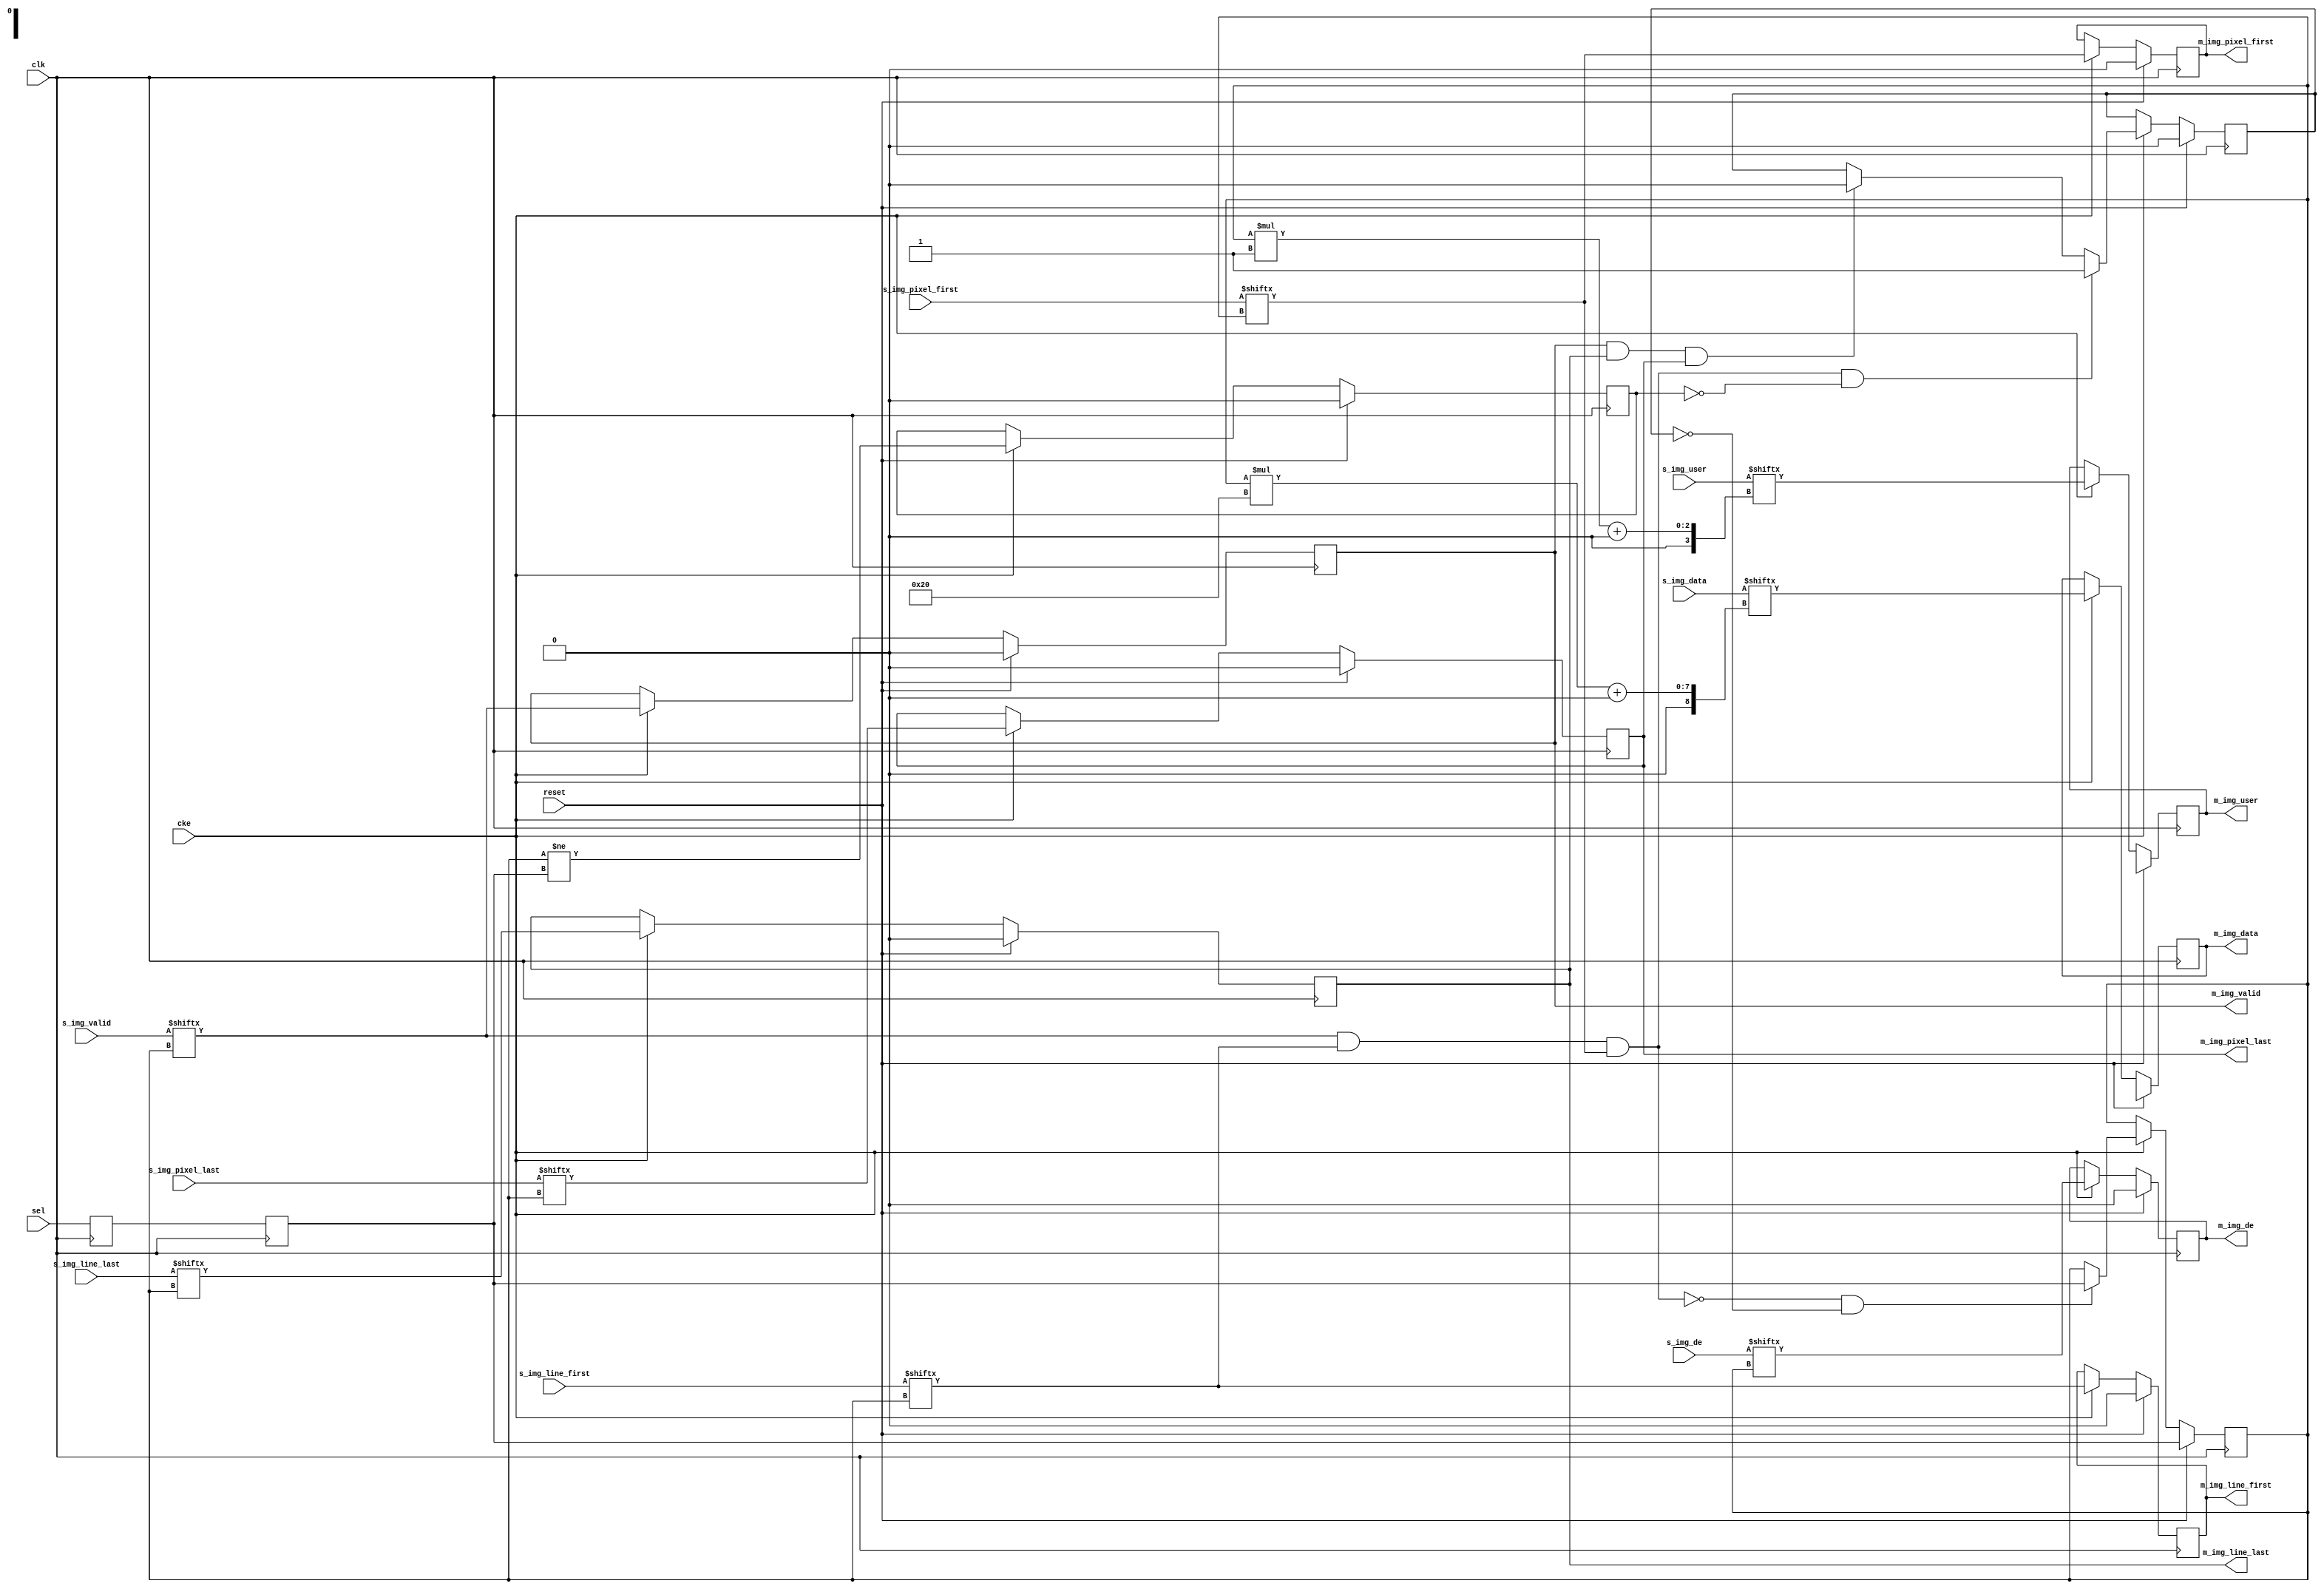
// This program was cloned from: https://github.com/ryuz/jelly
// License: MIT License

// ---------------------------------------------------------------------------
//  Jelly  -- The platform for real-time computing
//   image processing
//
//                                 Copyright (C) 2008-2016 by Ryuz
//                                 https://github.com/ryuz/jelly.git
// ---------------------------------------------------------------------------



`timescale 1ns / 1ps
`default_nettype none



module jelly_img_selector_core
        #(
            parameter   NUM          = 2,
            parameter   SEL_WIDTH    = 1,
            parameter   USER_WIDTH   = 0,
            parameter   DATA_WIDTH   = 32,
            
            parameter   USER_BITS    = USER_WIDTH > 0 ? USER_WIDTH : 1
        )
        (
            input   wire                            reset,
            input   wire                            clk,
            input   wire                            cke,
            
            input   wire    [SEL_WIDTH-1:0]         sel,
            
            input   wire    [NUM-1:0]               s_img_line_first,
            input   wire    [NUM-1:0]               s_img_line_last,
            input   wire    [NUM-1:0]               s_img_pixel_first,
            input   wire    [NUM-1:0]               s_img_pixel_last,
            input   wire    [NUM-1:0]               s_img_de,
            input   wire    [NUM*USER_BITS-1:0]     s_img_user,
            input   wire    [NUM*DATA_WIDTH-1:0]    s_img_data,
            input   wire    [NUM-1:0]               s_img_valid,
            
            // master (output)
            output  wire                            m_img_line_first,
            output  wire                            m_img_line_last,
            output  wire                            m_img_pixel_first,
            output  wire                            m_img_pixel_last,
            output  wire                            m_img_de,
            output  wire    [USER_BITS-1:0]         m_img_user,
            output  wire    [DATA_WIDTH-1:0]        m_img_data,
            output  wire                            m_img_valid
        );
    
    (* ASYNC_REG="true" *)  reg     [SEL_WIDTH-1:0]   ff0_sel, ff1_sel;
    always @(posedge clk) begin
        ff0_sel <= sel;
        ff1_sel <= ff0_sel;
    end
    
    
    reg                         reg_busy;
    reg                         reg_change;
    reg     [SEL_WIDTH-1:0]     reg_sel;
    
    reg                         reg_line_first;
    reg                         reg_line_last;
    reg                         reg_pixel_first;
    reg                         reg_pixel_last;
    reg                         reg_de;
    reg     [USER_BITS-1:0]     reg_user;
    reg     [DATA_WIDTH-1:0]    reg_data;
    reg                         reg_valid;
    
    wire                        sel_line_first  = s_img_line_first [reg_sel];
    wire                        sel_line_last   = s_img_line_last  [reg_sel];
    wire                        sel_pixel_first = s_img_pixel_first[reg_sel];
    wire                        sel_pixel_last  = s_img_pixel_last [reg_sel];
    wire                        sel_de          = s_img_de         [reg_sel];
    wire    [USER_BITS-1:0]     sel_user        = s_img_user       [reg_sel*USER_BITS  +: USER_BITS];
    wire    [DATA_WIDTH-1:0]    sel_data        = s_img_data       [reg_sel*DATA_WIDTH +: DATA_WIDTH];
    wire                        sel_valid       = s_img_valid      [reg_sel];
    
    wire                        frame_start = (sel_valid & sel_line_first & sel_pixel_first);
    wire                        frame_end   = (reg_valid & reg_line_last  & reg_pixel_last);
    
    always @(posedge clk) begin
        if ( reset ) begin
            reg_busy        <= 0;
            reg_change      <= 0;
            reg_sel         <= ff1_sel;
            reg_line_first  <= 1'b0;
            reg_line_last   <= 1'b0;
            reg_pixel_first <= 1'b0;
            reg_pixel_last  <= 1'b0;
            reg_de          <= 1'b0;
            reg_user        <= {USER_BITS{1'bx}};
            reg_data        <= {DATA_WIDTH{1'bx}};
            reg_valid       <= 1'b0;
        end
        else if ( cke ) begin
            reg_change <= (reg_sel != ff1_sel);
            
            if ( frame_start && !reg_change ) begin
                reg_busy <= 1'b1;
            end
            else if ( frame_end ) begin
                reg_busy <= 1'b0;
            end
            
            if ( !frame_start && !reg_busy ) begin
                reg_sel <= ff1_sel;
            end
            
            reg_line_first  <= sel_line_first;
            reg_line_last   <= sel_line_last;
            reg_pixel_first <= sel_pixel_first;
            reg_pixel_last  <= sel_pixel_last;
            reg_de          <= sel_de;
            reg_user        <= sel_user;
            reg_data        <= sel_data;
            reg_valid       <= sel_valid;
        end
    end
    
    assign m_img_line_first  = reg_line_first;
    assign m_img_line_last   = reg_line_last;
    assign m_img_pixel_first = reg_pixel_first;
    assign m_img_pixel_last  = reg_pixel_last;
    assign m_img_de          = reg_de;
    assign m_img_user        = reg_user;
    assign m_img_data        = reg_data;
    assign m_img_valid       = reg_valid;
    
    
endmodule


`default_nettype wire


// end of file